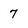
Character: 7